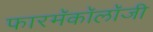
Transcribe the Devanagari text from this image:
फारमॅकॉलॉजी